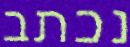
נכתב